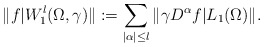
\begin{align*}\|f|W^{l}_{1}(\Omega,\gamma)\|:=\sum\limits_{|\alpha| \le l}\|\gamma D^{\alpha}f|L_{1}(\Omega)\|.\end{align*}